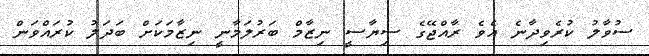
ސުވާލު ކުރެވިދާނެ އެވެ ރާއްޖޭގެ ސިޔާސީ ނިޒާމް ބަރުލަމާނީ ނިޒާމަކަށް ބަދަލު ކުރައްވަން